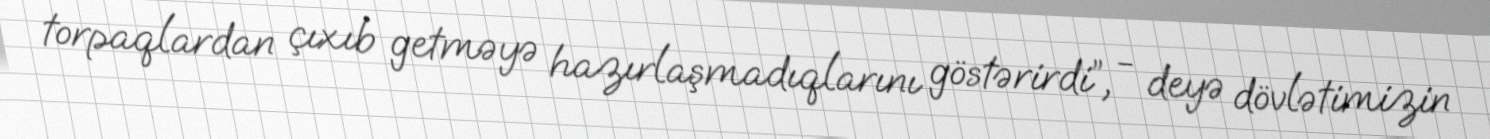
torpaqlardan çıxıb getməyə hazırlaşmadıqlarını göstərirdi”, - deyə dövlətimizin